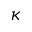
\kappa